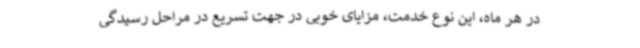
در هر ماه، این نوع خدمت، مزایای خوبی در جهت تسریع در مراحل رسیدگی